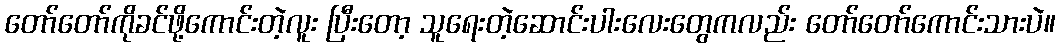
တော်တော်ကိုခင်ဖို့ကောင်းတဲ့လူး ပြီးတော့ သူရေးတဲ့ဆောင်းပါးလေးတွေကလည်း တော်တော်ကောင်းသားပဲ။